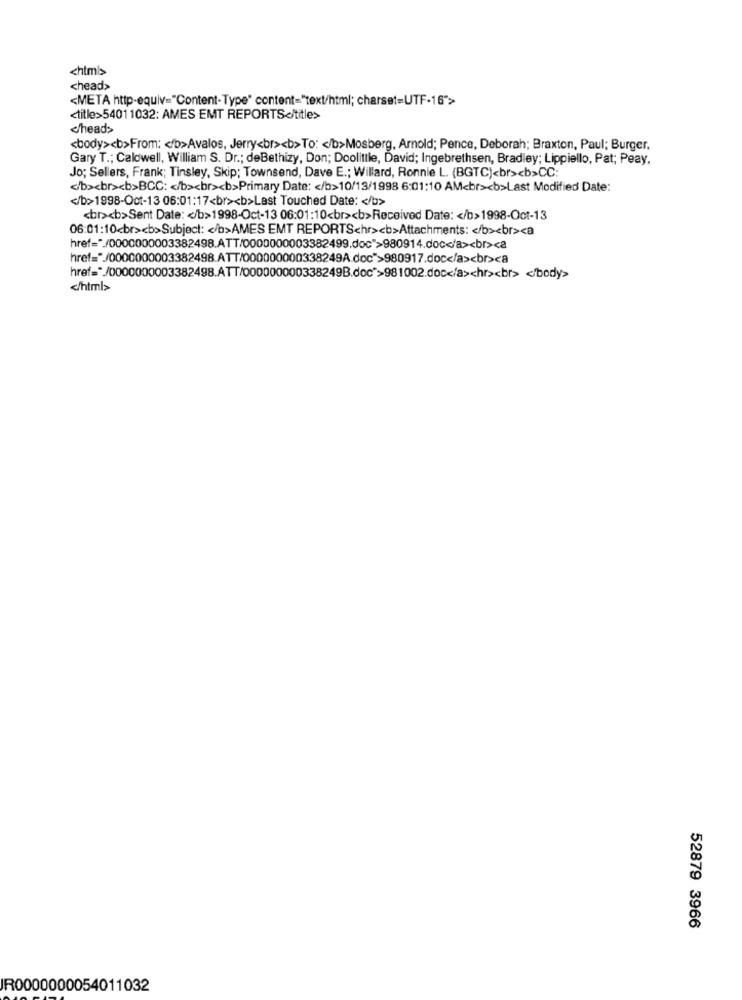
<html>
<head>
<META http-equiv="Content-Type" content="text/html; charset=UTF-16">>
<title>54011032: AMES EMT REPORTS</title>
head>
<body><b>From: < /b>Avalos, Jerry<br><b>To: < /b>Mosberg, Arnold; Pence, Deborah; Braxton, Paul; Burger.
Gary T .; Caldwell, William S. Dr .; deBethizy, Don; Doolittle, David; Ingebrethsen, Bradley; Lippiello, Pat; Peay,
Jo; Sellers, Frank; Tinsley, Skip; Townsend, Dave E .; Willard, Ronnie L. (BGTC)<br><b>CC:
</b><br><b>BCC: < /b><br><b>Primary Date: < /b>10/13/1998 6:01:10 AM<br><b>Last Modified Date:
</b>1998-Oct-13 06:01:17<br><b>Last Touched Date: < /b>
<br><b>Sent Date: < /b>1998-Oct-13 06:01:10<br><b>Received Date: < /b>1998-Oct-13
06:01:10<br><b>Subject: < /b>AMES EMT REPORTSchr><b>Attachments: < /b><br><a
href="./0000000003382498.ATT/0000000003382499.doc">980914.doc</a><br><a
href="/0000000003382498.ATT/000000000338249A.doc">980917.doc</a><br><a
href="/0000000003382498.ATT/000000000338249B.doc">981002.doc</a><hr><br> </body>
</html>
52879 3966
IR0000000054011032